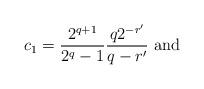
LaTeX: \begin{align*}c_1=\frac{2^{q+1}}{2^q-1}\frac{q2^{-r'}}{q-r'}\mbox{ and }\end{align*}